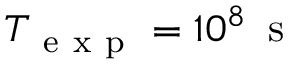
T _ { \mathrm { ~ e ~ x ~ p ~ } } = 1 0 ^ { 8 } \, \mathrm { ~ s ~ }